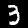
Digit: 3